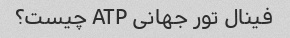
فینال تور جهانی ATP چیست؟